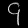
Digit: ၄